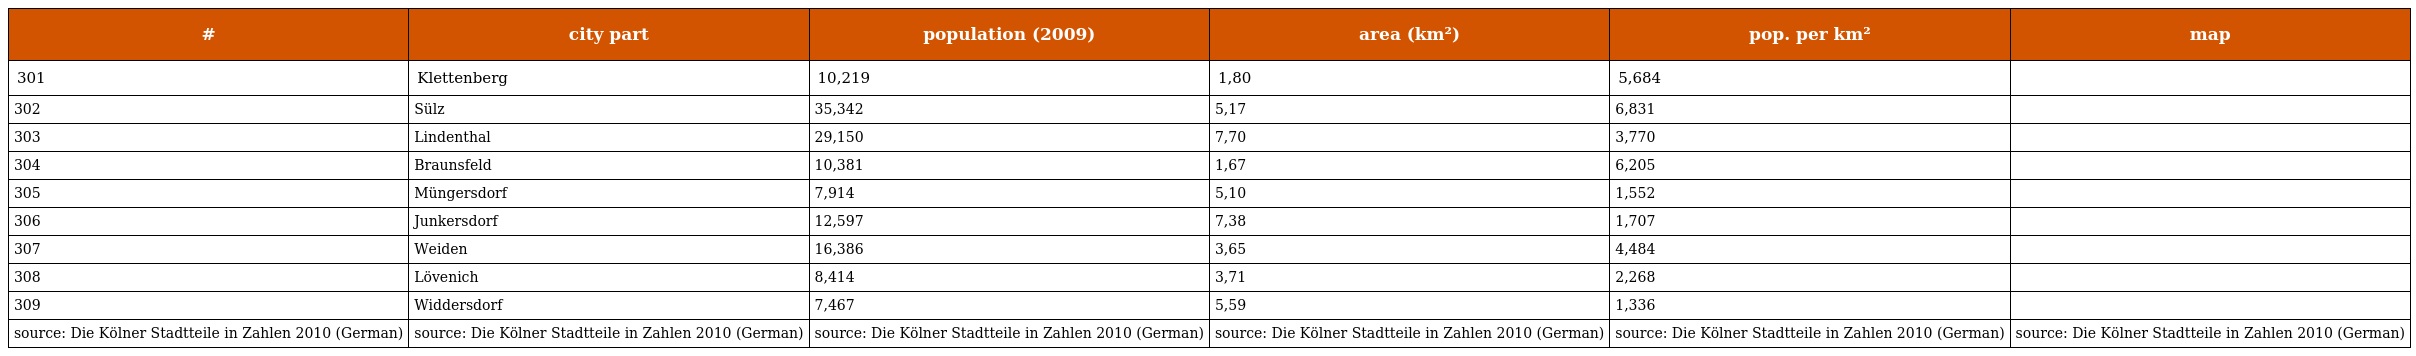
| # | city part | population (2009) | area (km²) | pop. per km² | map |
 | --- | --- | --- | --- | --- | --- |
 | 301 | Klettenberg | 10,219 | 1,80 | 5,684 |  |
 | 302 | Sülz | 35,342 | 5,17 | 6,831 |  |
 | 303 | Lindenthal | 29,150 | 7,70 | 3,770 |  |
 | 304 | Braunsfeld | 10,381 | 1,67 | 6,205 |  |
 | 305 | Müngersdorf | 7,914 | 5,10 | 1,552 |  |
 | 306 | Junkersdorf | 12,597 | 7,38 | 1,707 |  |
 | 307 | Weiden | 16,386 | 3,65 | 4,484 |  |
 | 308 | Lövenich | 8,414 | 3,71 | 2,268 |  |
 | 309 | Widdersdorf | 7,467 | 5,59 | 1,336 |  |
 | source: Die Kölner Stadtteile in Zahlen 2010 (German) | source: Die Kölner Stadtteile in Zahlen 2010 (German) | source: Die Kölner Stadtteile in Zahlen 2010 (German) | source: Die Kölner Stadtteile in Zahlen 2010 (German) | source: Die Kölner Stadtteile in Zahlen 2010 (German) | source: Die Kölner Stadtteile in Zahlen 2010 (German) |